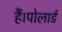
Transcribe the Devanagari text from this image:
हैं।पोलार्ड